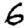
Digit: 6